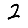
Digit: 2